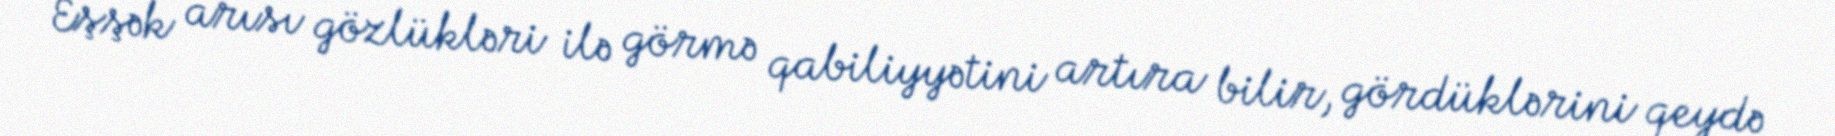
Eşşək arısı gözlükləri ilə görmə qabiliyyətini artıra bilir, gördüklərini qeydə